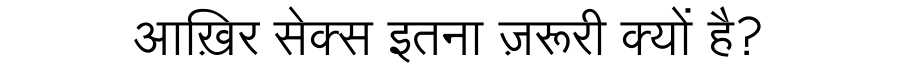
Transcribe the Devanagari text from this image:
आख़िर सेक्स इतना ज़रूरी क्यों है?